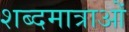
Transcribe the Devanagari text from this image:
शब्दमात्राओं